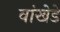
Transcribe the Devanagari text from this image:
वांखेडे